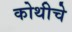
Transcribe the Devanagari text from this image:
कोथीचे